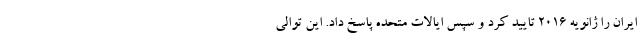
ایران را ژانویه ۲۰۱۶ تایید کرد و سپس ایالات متحده پاسخ داد. این توالی